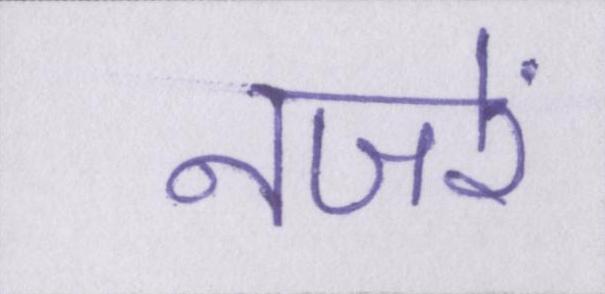
नजरें